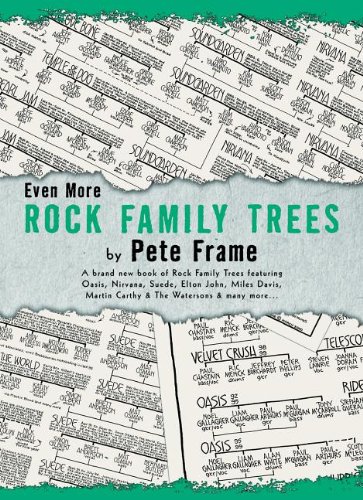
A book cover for Even More Rock Family Trees; Pete Frame; Humor & Entertainment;